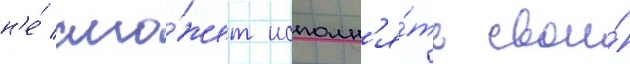
н'е́ смо́жет исполн'я́ть свои́